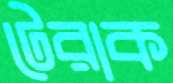
টেরাক